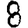
Digit: 8